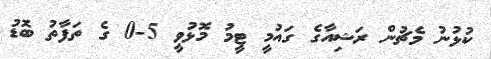
ކުޅުނު މެޗުން ރަޝިއާގެ ގައުމީ ޓީމު މޮޅުވީ 5-0 ގެ ތަފާތު ބޮޑު